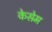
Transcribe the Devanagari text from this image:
केसेम